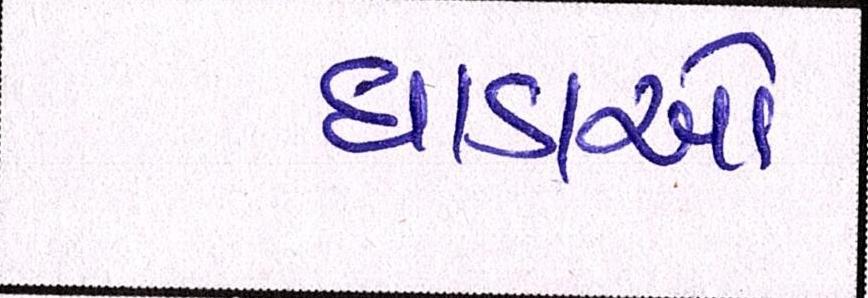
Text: ધાડાઓ